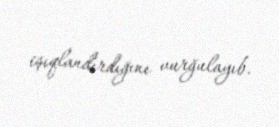
işıqlandırdığını vurğulayıb.